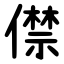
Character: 僸